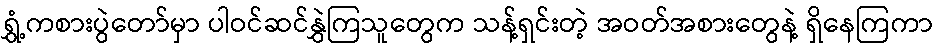
ရွှံ့ကစားပွဲတော်မှာ ပါဝင်ဆင်နွှဲကြသူတွေက သန့်ရှင်းတဲ့ အဝတ်အစားတွေနဲ့ ရှိနေကြကာ